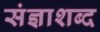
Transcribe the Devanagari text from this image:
संज्ञाशब्द